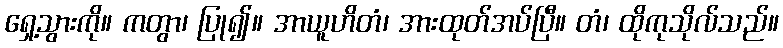
ရှေ့သွားကို။ ကတွာ၊ ပြု၍။ အာယူဟိတံ၊ အားထုတ်အပ်ပြီ။ တံ၊ ထိုကုသိုလ်သည်။